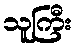
သူကြီး